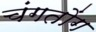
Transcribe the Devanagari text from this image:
चंगतोंग